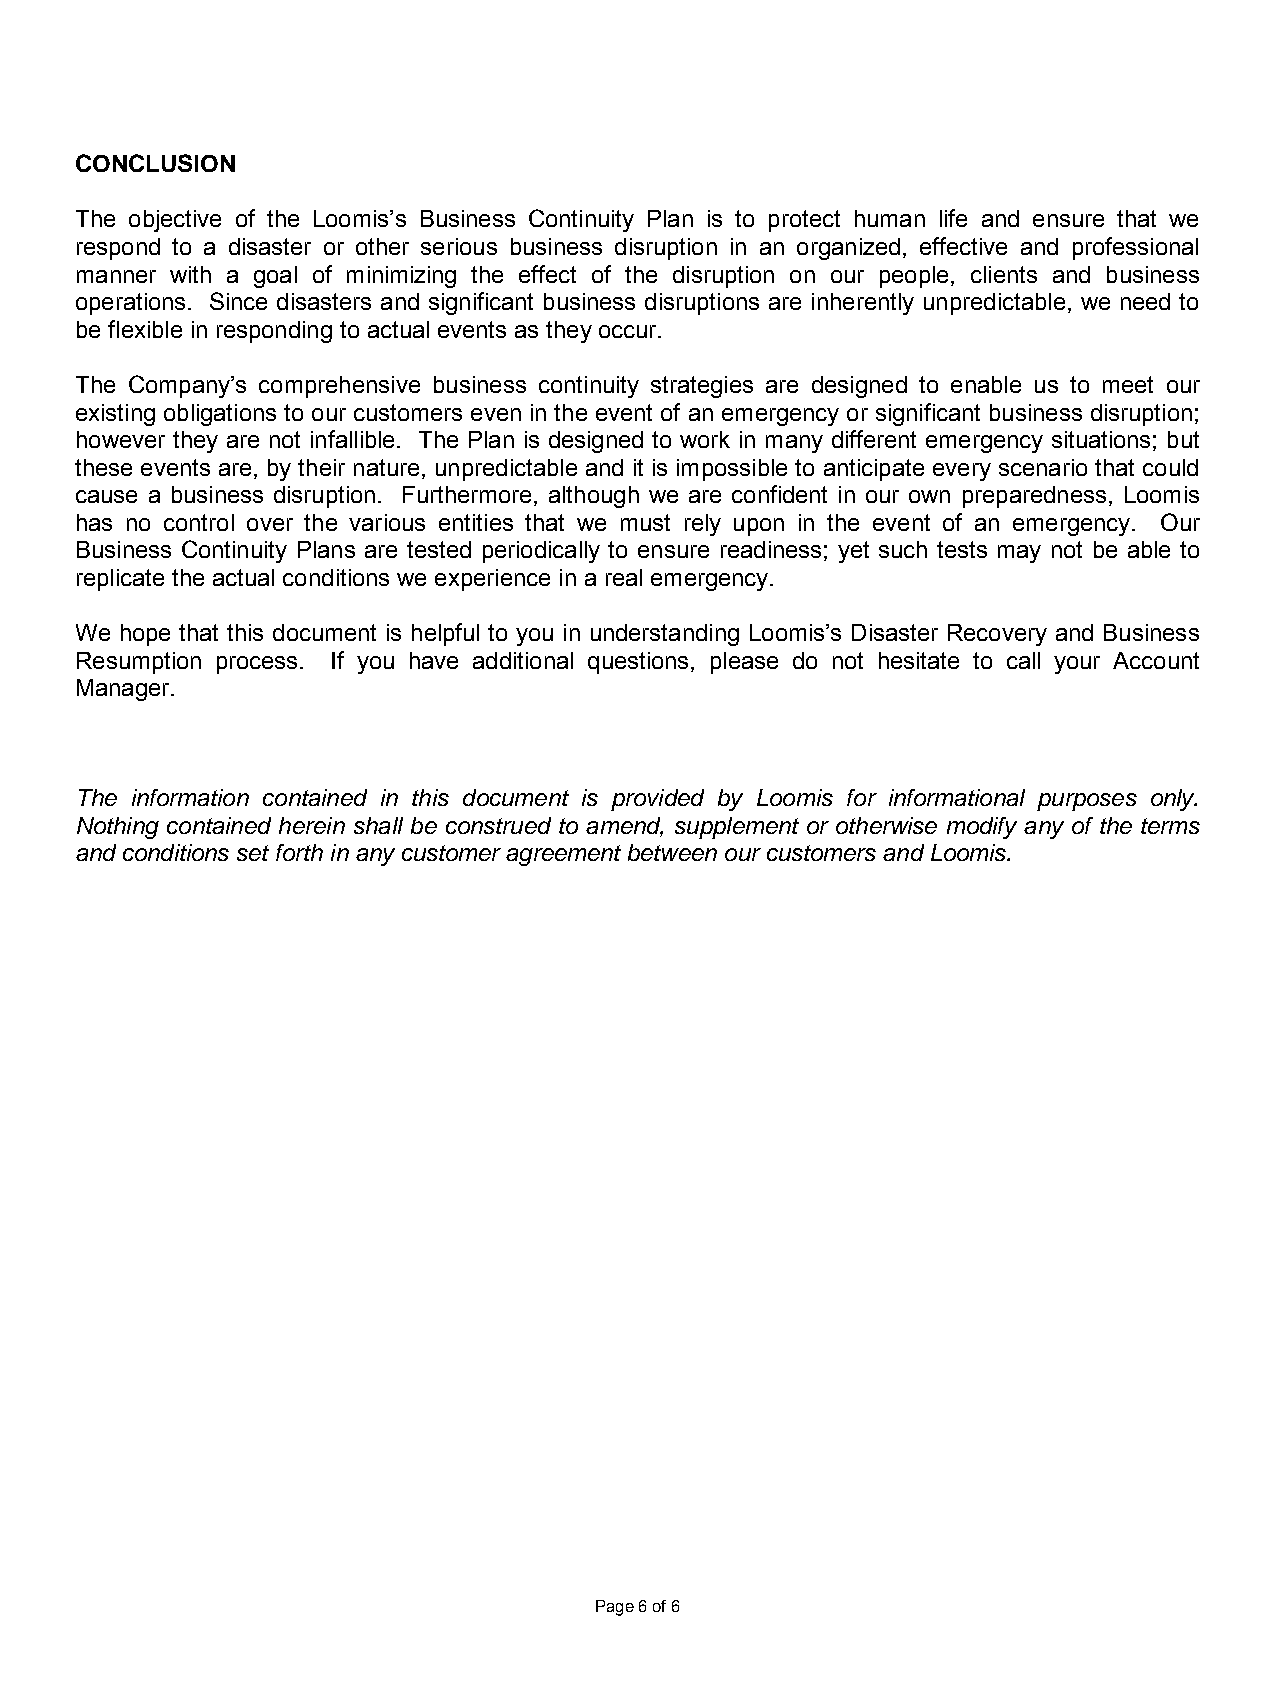
CONCLUSION
 The objective of the Loomis’s Business Continuity Plan is to protect human life and ensure that we
 respond to a disaster or other serious business disruption in an organized, effective and professional
 manner with a goal of minimizing the effect of the disruption on our people, clients and business
 operations. Since disasters and significant business disruptions are inherently unpredictable, we need to
 be flexible in responding to actual events as they occur.
 The Company’s comprehensive business continuity strategies are designed to enable us to meet our
 existing obligations to our customers even in the event of an emergency or significant business disruption;
 however they are not infallible. The Plan is designed to work in many different emergency situations; but
 these events are, by their nature, unpredictable and it is impossible to anticipate every scenario that could
 cause a business disruption. Furthermore, although we are confident in our own preparedness, Loomis
 has no control over the various entities that we must rely upon in the event of an emergency. Our
 Business Continuity Plans are tested periodically to ensure readiness; yet such tests may not be able to
 replicate the actual conditions we experience in a real emergency.
 We hope that this document is helpful to you in understanding Loomis’s Disaster Recovery and Business
 Resumption process. If you have additional questions, please do not hesitate to call your Account
 Manager.
 The information contained in this document is provided by Loomis for informational purposes only.
 Nothing contained herein shall be construed to amend, supplement or otherwise modify any of the terms
 and conditions set forth in any customer agreement between our customers and Loomis.
 For the Authorized Use of Loomis, Clients, Partners, and Prospects Only
 Page 6 of 6